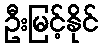
ဦးမြင့်နိုင်